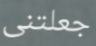
جعلتنى